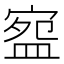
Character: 𭾅